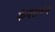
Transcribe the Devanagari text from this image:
केपराभव